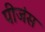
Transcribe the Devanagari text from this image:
पीजंस